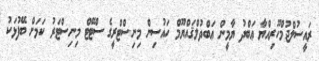
ރައީސުލްޖުމްހޫރިއްޔާ ޢަބްދު ޔާމީން ޢަބްދުލްޤައްޔޫމް ހައުސިން މިނިސްޓްރީގެ ސްޓޭޓް މިނިސްޓަރު ކަމަށް ބޭފުޅަކު